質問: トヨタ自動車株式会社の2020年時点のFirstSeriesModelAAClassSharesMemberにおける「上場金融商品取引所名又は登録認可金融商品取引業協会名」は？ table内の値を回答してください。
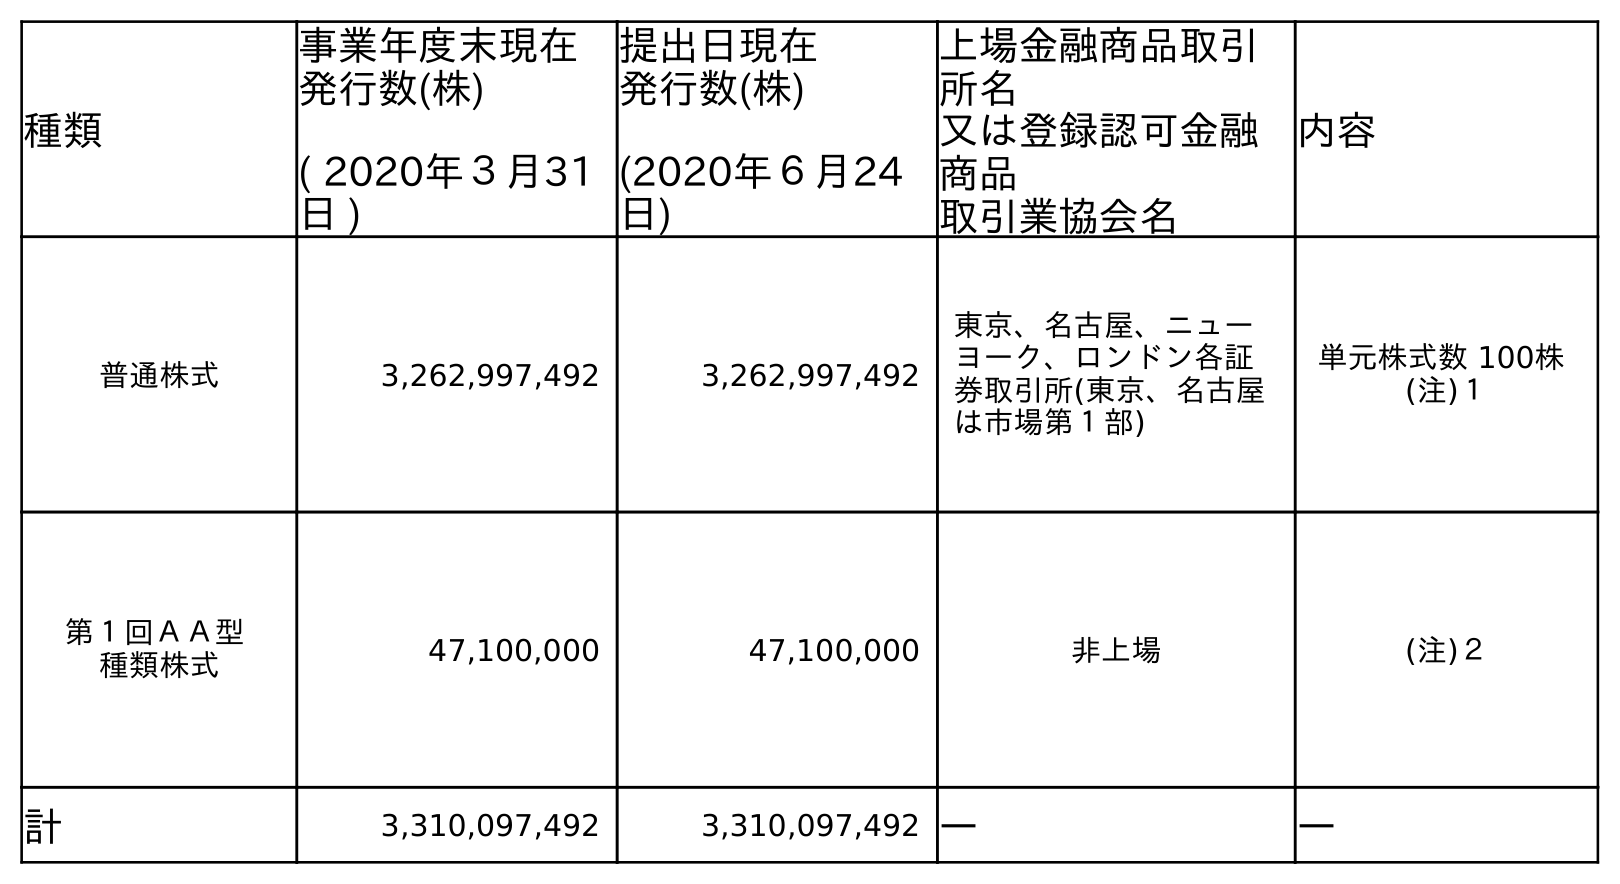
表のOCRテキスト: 種類 事業年度末現在 発行数(株) ( 2020年３月31 日 ) 提出日現在 発行数(株) (2020年６月24 日) 上場金融商品取引 所名 又は登録認可金融 商品 取引業協会名 内容 普通株式 3,262,997,492 3,262,997,492 東京、名古屋、ニュー ヨーク、ロンドン各証 券取引所(東京、名古屋 は市場第１部) 単元株式数 100株 (注)１ 第１回ＡＡ型 種類株式 47,100,000 47,100,000 非上場 (注)２ 計 3,310,097,492 3,310,097,492 ― ―
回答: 非上場